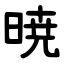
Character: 暁